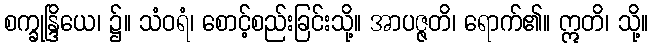
စက္ခုန္ဒြိယေ၊ ၌။ သံဝရံ၊ စောင့်စည်းခြင်းသို့။ အာပဇ္ဇတိ၊ ရောက်၏။ ဣတိ၊ သို့။